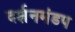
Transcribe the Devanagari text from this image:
दर्शनमंडप